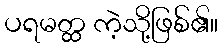
ပရမတ္ထ ကဲ့သို့ဖြစ်၏။